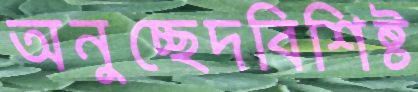
অনুচ্ছেদবিশিষ্ট